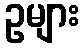
ဥများ